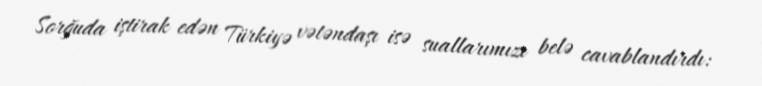
Sorğuda iştirak edən Türkiyə vətəndaşı isə suallarımızı belə cavablandırdı: